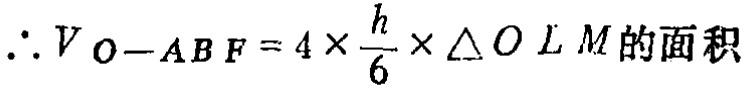
\(\therefore V_{O - ABF}=4\times\frac{h}{6}\times\triangle OLM\text{的面积}\)